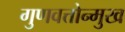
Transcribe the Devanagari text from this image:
गुणवत्तोन्मुख